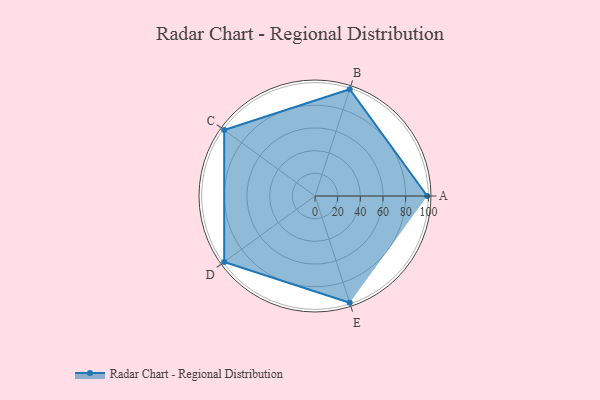
{"axis": {"x": "Skill", "y": "Score"}, "legend": ["Profile"], "data": [{"x": "A", "y": 99, "type": "Profile"}, {"x": "B", "y": 99, "type": "Profile"}, {"x": "C", "y": 99, "type": "Profile"}, {"x": "D", "y": 99, "type": "Profile"}, {"x": "E", "y": 99, "type": "Profile"}]}